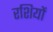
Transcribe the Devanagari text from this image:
रशियों